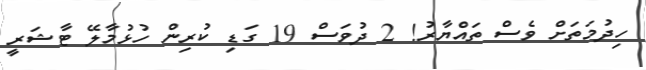
ހިދުމަތަށް ވެސް ތައްޔާރު! 2 ދުވަސް 19 ގަޑި ކުރިން ހުޅުމާލޭ ޓާޝަރީ